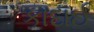
કાદાઈ